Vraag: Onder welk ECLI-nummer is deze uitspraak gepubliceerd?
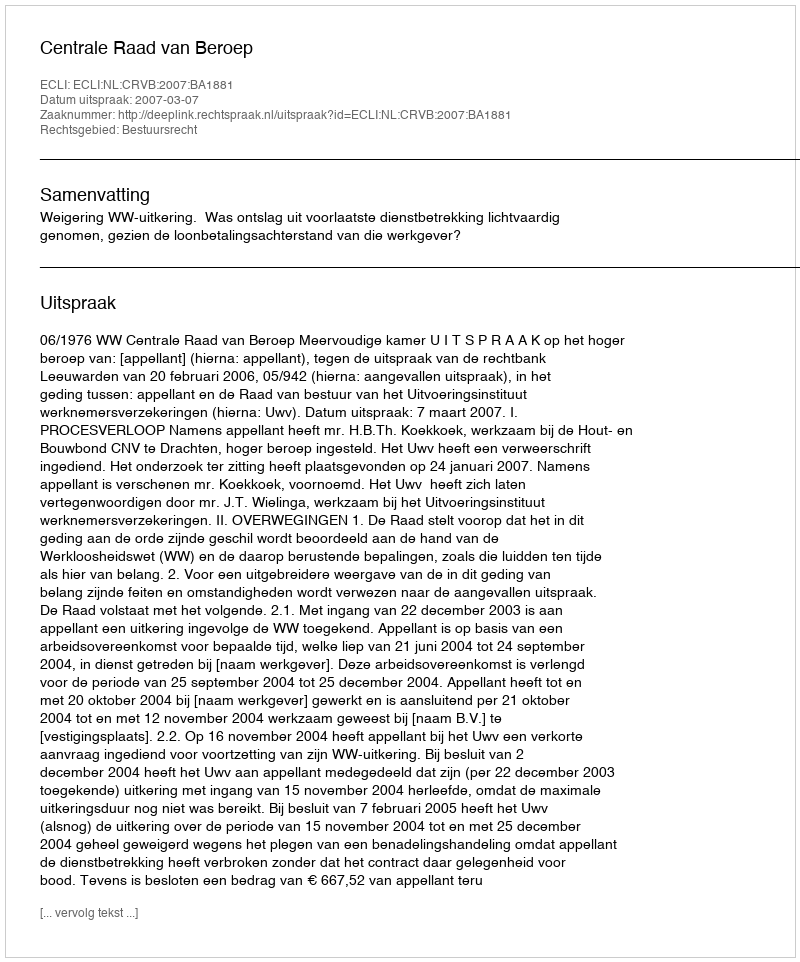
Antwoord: ECLI:NL:CRVB:2007:BA1881